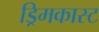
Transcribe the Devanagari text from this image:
ड्रिमकास्ट